Vaccination report Assam 1896-1927 - 1896-1927
Year: 1896
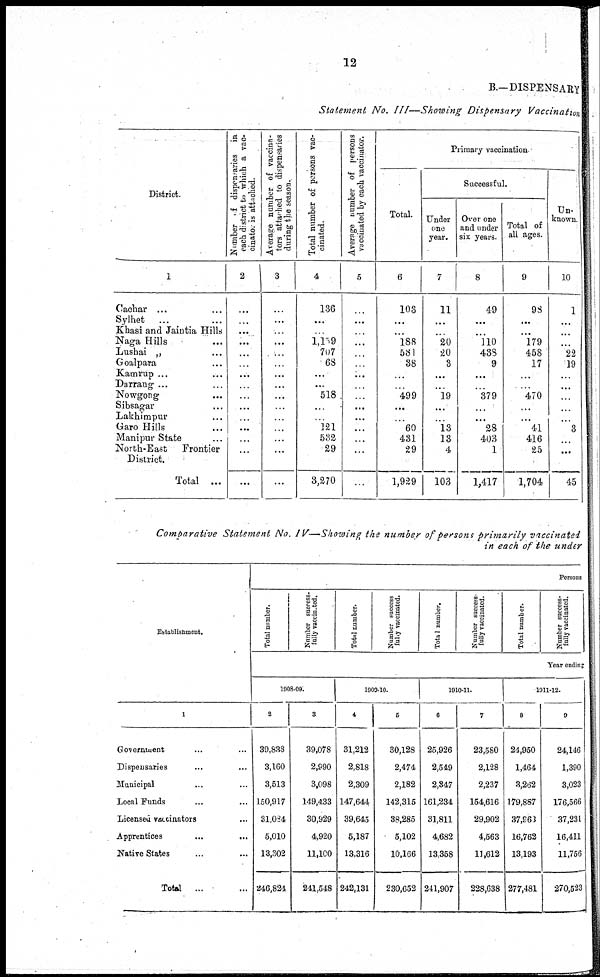
12
B.—DISPENSARY
Statement No. III—Showing Dispensary Vaccination
District.
1
Cachar ... ...
Sylhet
... ...
Khasi and Jaintia Hills
Naga Hills ...
Lushai „ ...
Goalpara ...
Kamrup ... ...
Darrang ... ...
Nowgong ...
Sibsagar ...
Lakhimpur ...
Garo Hills ...
Manipur State ...
North-East
Frontier
District.
Total ...
Number of dispensaries in
each district to which a vac-
cinator is attached.
2
...
...
...
...
...
...
...
...
...
...
...
...
...
...
...
Average number of vaccina-
tors attached to dispensaries
during the season.
3
...
...
...
...
...
...
...
...
...
...
...
...
...
...
...
Total number of persons vac-
cinated.
4
136
...
...
1,159
707
68
...
...
518
...
...
121
532
29
3,270
Average number of persons
vaccinated by each vaccinator.
5
...
...
...
...
...
...
...
...
...
...
...
...
...
...
...
Primary vaccination
Total.
6
103
...
...
188
581
38
...
...
499
...
...
60
431
29
1,929
Successful.
Under
one
year.
7
11
...
...
20
20
3
...
...
19
...
...
13
13
4
103
Over one
and under
six years.
8
49
...
...
110
438
9
...
...
379
...
...
28
403
1
1,417
Total of
all ages.
9
98
...
...
179
458
17
...
...
470
...
...
41
416
25
1,704
Un-
known.
10
1
...
...
...
22
19
...
...
...
...
...
3
...
...
45
Comparative Statement No. IV—Showing the number of persons primarily vaccinated
in each of the under
Establishment.
1
Government ... ...
Dispensaries ... ...
Municipal ... ...
Local Funds ... ...
Licensed vaccinators ...
Apprentices
...
...
Native States ... ...
Total ... ...
Persons
Total number.
Number success-
fully vaccinated.
Total number.
Number success
fully vaccinated.
Total number.
Number success-
fully vaccinated.
Total number.
Number success-
fully vaccinated.
Year ending
1908-09.
2
39,838
3,160
3,513
150,917
31,084
5,010
13,302
246,824
3
39,078
2,990
3,098
149,433
30,929
4,920
11,100
241,548
1909-10.
4
31,212
2,818
2,309
147,644
39,645
5,187
13,316
242,131
5
30,128
2,474
2,182
142,315
38,285
5,102
10,166
230,652
1910-11.
6
25,926
2,549
2,347
161,234
31,811
4,682
13,358
241,907
7
23,580
2,128
2,237
154,616
29,902
4,563
11,612
228,638
1911-12.
8
24,950
1,464
3,262
179,887
37,963
16,762
13,193
277,481
9
24,146
1,390
3,023
176,566
37,231
16,411
11,756
270,523